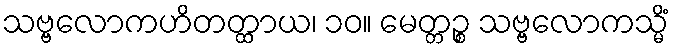
သဗ္ဗလောကဟိတတ္ထာယ၊ ၁၀။ မေတ္တဉ္စ သဗ္ဗလောကသ္မိံ